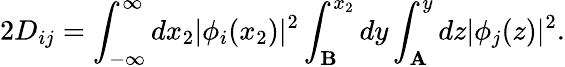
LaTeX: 2D_{ij}=\int_{-\infty}^{\infty}dx_{2}|\phi_{i}(x_{2})|^{2}\int_{\mathbf{B}}^{x_{2}}dy\int_{\mathbf{A}}^{y}dz|\phi_{j}(z)|^{2}.